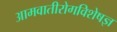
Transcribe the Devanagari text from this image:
आमवातीरोगविशेषज्ञ